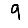
Digit: 9